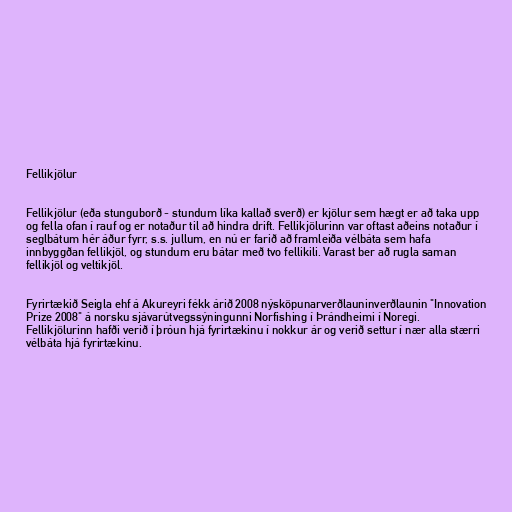
Fellikjölur

Fellikjölur (eða stunguborð - stundum líka kallað sverð) er kjölur sem hægt er að taka upp
og fella ofan í rauf og er notaður til að hindra drift. Fellikjölurinn var oftast aðeins notaður í
seglbátum hér áður fyrr, s.s. jullum, en nú er farið að framleiða vélbáta sem hafa
innbyggðan fellikjöl, og stundum eru bátar með tvo fellikili. Varast ber að rugla saman
fellikjöl og veltikjöl.

Fyrirtækið Seigla ehf á Akureyri fékk árið 2008 nýsköpunarverðlauninverðlaunin "Innovation
Prize 2008" á norsku sjávarútvegssýningunni Norfishing í Þrándheimi í Noregi.
Fellikjölurinn hafði verið í þróun hjá fyrirtækinu í nokkur ár og verið settur í nær alla stærri
vélbáta hjá fyrirtækinu.